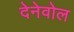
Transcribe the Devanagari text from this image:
देनेवोल